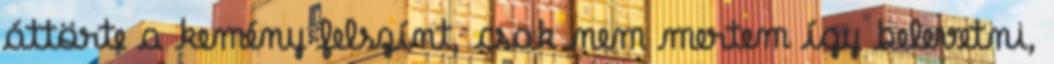
áttörte a kemény felszínt, csak nem mertem így belevetni,